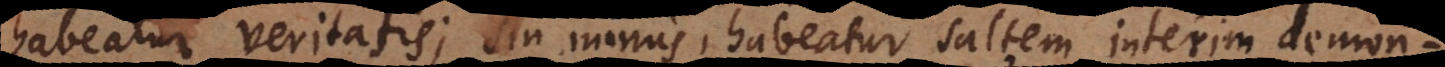
habeatur veritatis; sin minus, habeatur saltem interim demon